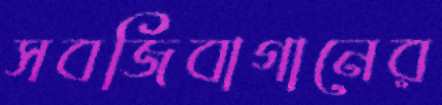
সবজিবাগানের